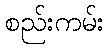
စည်းကမ်း